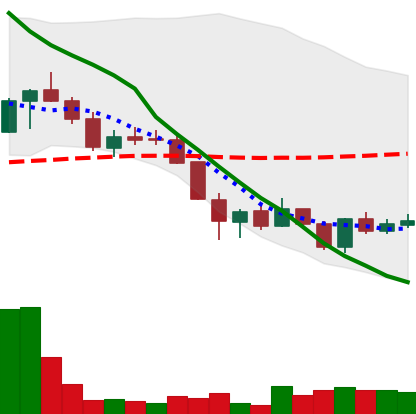
Ticker: LINK-USD
Chart end date: 2018-06-01
Forward return: -5.619%
Label: down_5_7